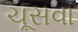
ચૂસવા